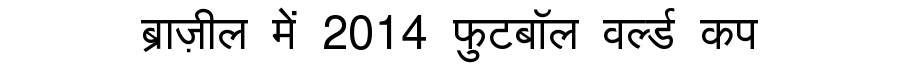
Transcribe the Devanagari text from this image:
ब्राज़ील में 2014 फुटबॉल वर्ल्ड कप